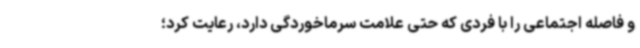
و فاصله اجتماعی را با فردی که حتی علامت سرماخوردگی دارد، رعایت کرد؛